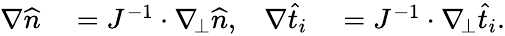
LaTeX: \begin{array}{rlrl}{\nabla\widehat{n}}&{{}=J^{-1}\cdot\nabla_{\! \bot}\widehat{n},}&{\nabla\widehat{t}_{i}}&{{}=J^{-1}\cdot\nabla_{\! \bot}\widehat{t}_{i}.}\end{array}